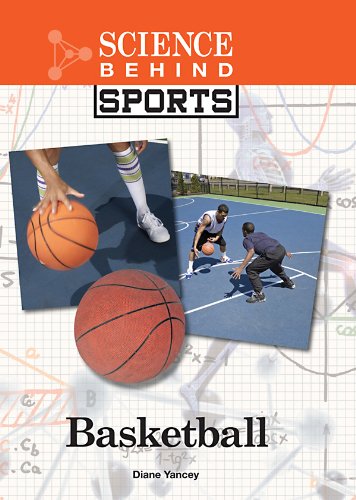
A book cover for Basketball (Science Behind Sports); Diane Yancey; Teen & Young Adult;